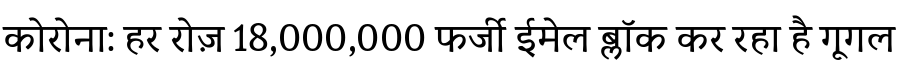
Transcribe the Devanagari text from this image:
कोरोना: हर रोज़ 18,000,000 फर्जी ईमेल ब्लॉक कर रहा है गूगल